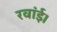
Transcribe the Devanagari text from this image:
रवांई।